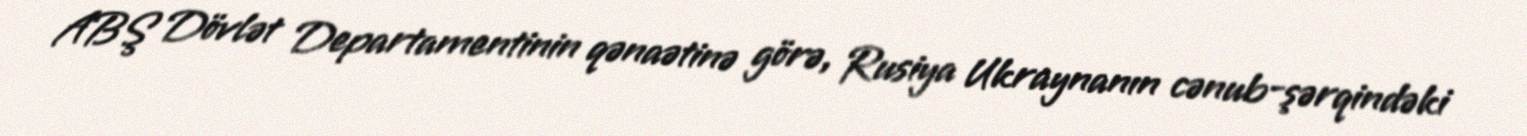
ABŞ Dövlət Departamentinin qənaətinə görə, Rusiya Ukraynanın cənub-şərqindəki